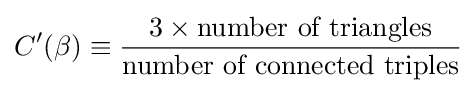
C'(\beta )\equiv {\frac {3\times {\text{number of triangles}}}{\text{number of connected triples}}}